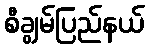
စီချွမ်ပြည်နယ်